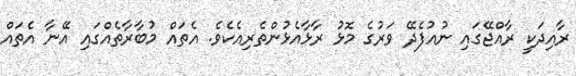
ރާއިދަކީ ރާއްޖޭގައި ނުއުފެދޭ ވަރުގެ މޮޅު ރާޅާއެޅުންތެރިއެކެވެ. އެތައް މުބާރާތެއްގައި އޭނާ އެތައް